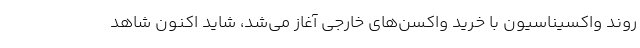
روند واکسیناسیون با خرید واکسن‌های خارجی آغاز می‌شد، شاید اکنون شاهد